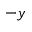
- y